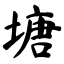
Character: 塘